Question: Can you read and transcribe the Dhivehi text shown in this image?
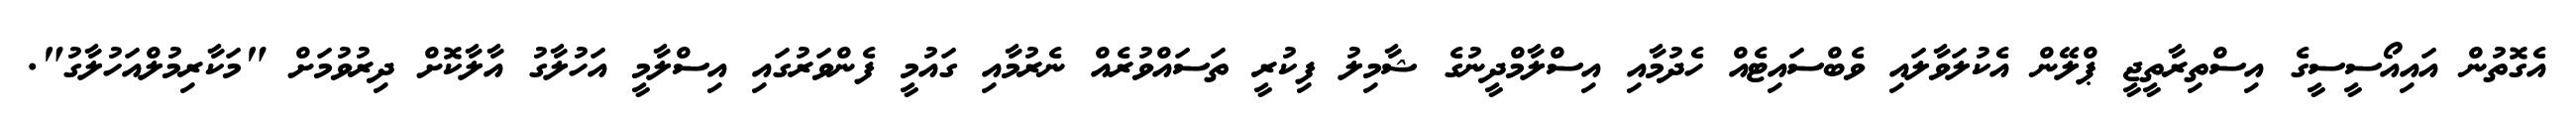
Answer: އެގޮތުން އައިއޯސީސީގެ އިސްތިރާތީޖީ ޕްލޭން އެކުލަވާލައި ވެބްސައިޓެއް ހެދުމާއި އިސްލާމްދީނުގެ ޝާމިލު ފިކުރީ ތަސައްވުރެއް ނެރުމާއި ގައުމީ ފެންވަރުގައި އިސްލާމީ އަހުލާގު އާލާކޮށް ދިރުވުމަށް "މަކާރިމުލްއަހުލާގު".